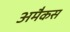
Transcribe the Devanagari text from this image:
अमैकस